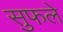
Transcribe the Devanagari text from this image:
सुफले